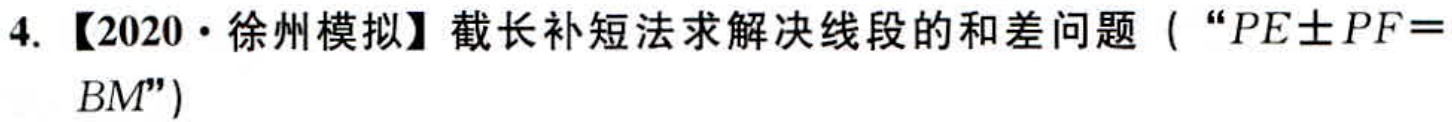
4. 【2020·徐州模拟】截长补短法求解决线段的和差问题（“\(PE\pm PF = BM\)”）